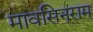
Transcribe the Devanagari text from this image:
मावसिनराम